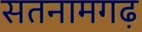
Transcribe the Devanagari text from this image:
सतनामगढ़